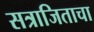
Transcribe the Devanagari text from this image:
सत्राजिताचा